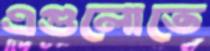
এগুলোতে